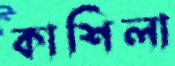
কাশিলা